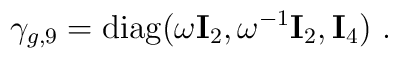
\gamma_{g,9}={\mbox{diag}}(\omega {\bf I}_2,\omega^{-1} {\bf I}_2, {\bf I}_4 )~.